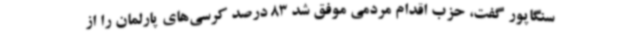
سنگاپور گفت، حزب اقدام مردمی موفق شد 83 درصد کرسی‌های پارلمان را از